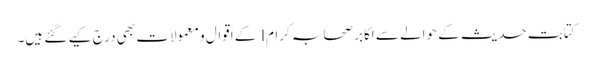
کتابتِ حدیث کے حوالے سے اکابر صحابہ کرام l کے اَقوال و معمولات بھی درج کیے گئے ہیں۔